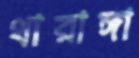
থারাঙ্গা